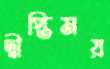
দ্বীপ্তিময়